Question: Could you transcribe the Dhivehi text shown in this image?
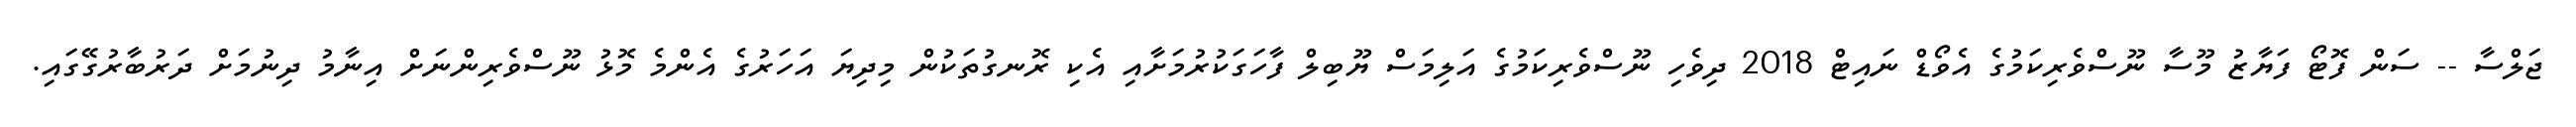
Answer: ޖަލްސާ -- ސަން ފޮޓޯ ފަޔާޒު މޫސާ ނޫސްވެރިކަމުގެ އެވޯޑް ނައިޓް 2018 ދިވެހި ނޫސްވެރިކަމުގެ އަލިމަސް ޔޫބިލް ފާހަގަކުރުމަށާއި އެކި ރޮނގުތަކުން މިދިޔަ އަހަރުގެ އެންމެ މޮޅު ނޫސްވެރިންނަށް އިނާމު ދިނުމަށް ދަރުބާރުގޭގައި.